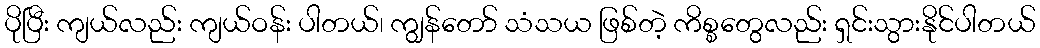
ပိုပြီး ကျယ်လည်း ကျယ်ဝန်း ပါတယ်၊ ကျွန်တော် သံသယ ဖြစ်တဲ့ ကိစ္စတွေလည်း ရှင်းသွားနိုင်ပါတယ်